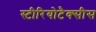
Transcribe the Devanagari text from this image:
स्टीरियोटैक्सीस